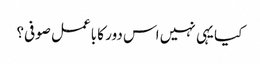
کیا یہی نہیں اس دور کا باعمل صوفی؟